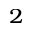
^ { 2 }